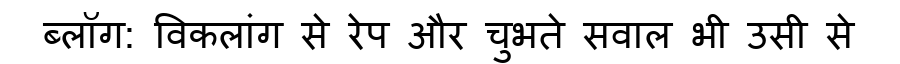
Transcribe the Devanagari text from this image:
ब्लॉग: विकलांग से रेप और चुभते सवाल भी उसी से